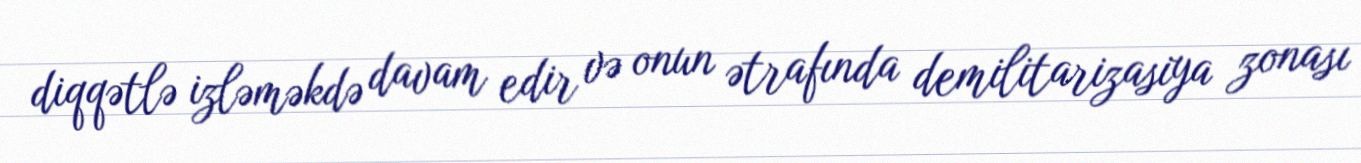
diqqətlə izləməkdə davam edir və onun ətrafında demilitarizasiya zonası